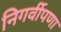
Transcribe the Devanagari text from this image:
निगर्वीपणा